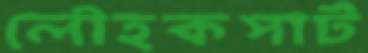
লৌহকপাট